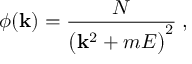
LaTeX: \phi ( { \bf k } ) = { \frac { \cal N } { \bigl ( { \bf k } ^ { 2 } + m E \bigr ) ^ { 2 } } } \; ,